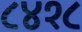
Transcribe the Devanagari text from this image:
८४१८